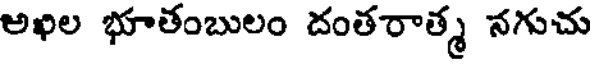
అఖిల భూతంబులం దంతరాత్మ నగుచు